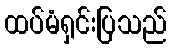
ထပ်မံရှင်းပြသည်